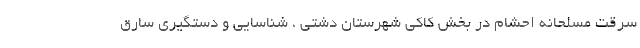
سرقت مسلحانه احشام در بخش کاکی شهرستان دشتی ، شناسایی و دستگیری سارق